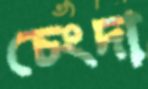
চেংদা